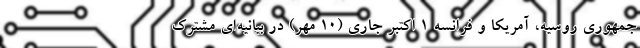
جمهوری روسیه، آمریکا و فرانسه ۱ اکتبر جاری (۱۰ مهر) در بیانیه‌ای مشترک